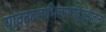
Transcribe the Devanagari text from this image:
यावत्फलाभिलाषादिगृहीतानां